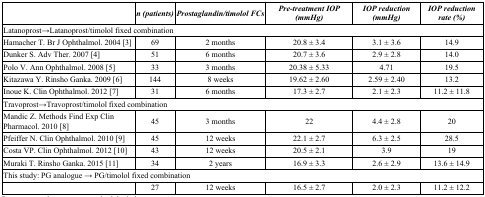
|  | n (patients) | Prostaglandin/timolol FCs | Pre-treatment IOP (mmHg) | IOP reduction (mmHg) | IOP reduction rate (%) |
 | --- | --- | --- | --- | --- | --- |
 | <COLSPAN=6> Latanoprost→Latanoprost/timolol fixed combination |
 | Hamacher T. Br J Ophthalmol. 2004 [3] | 69 | 2 months | 20.8 ± 3.4 | 3.1 ± 3.6 | 14.9 |
 | Dunker S. Adv Ther. 2007 [4] | 51 | 6 months | 20.7 ± 3.6 | 2.9 ± 2.8 | 14.0 |
 | Polo V. Ann Ophthalmol. 2008 [5] | 33 | 3 months | 20.38 ± 5.33 | 4.71 | 19.5 |
 | Kitazawa Y. Rinsho Ganka. 2009 [6] | 144 | 8 weeks | 19.62 ± 2.60 | 2.59 ± 2.40 | 13.2 |
 | Inoue K. Clin Ophthalmol. 2012 [7] | 31 | 6 months | 17.3 ± 2.7 | 2.1 ± 2.3 | 11.2 ± 11.8 |
 | <COLSPAN=6> Travoprost→Travoprost/timolol fixed combination |
 | Mandic Z. Methods Find Exp Clin Pharmacol. 2010 [8] | 45 | 3 months | 22 | 4.4 ± 2.8 | 20 |
 | Pfeiffer N. Clin Ophthalmol. 2010 [9] | 45 | 12 weeks | 22.1 ± 2.7 | 6.3 ± 2.5 | 28.5 |
 | Costa VP. Clin Ophthalmol. 2012 [10] | 43 | 12 weeks | 20.5 ± 2.1 | 3.9 | 19 |
 | Muraki T. Rinsho Ganka. 2015 [11] | 34 | 2 years | 16.9 ± 3.3 | 2.6 ± 2.9 | 13.6 ± 14.9 |
 | <COLSPAN=6> This study: PG analogue → PG/timolol fixed combination |
 |  | 27 | 12 weeks | 16.5 ± 2.7 | 2.0 ± 2.3 | 11.2 ± 12.2 |